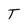
Character: T